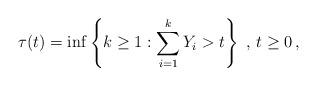
LaTeX: \begin{align*} \tau(t)=\inf\left\{ k\geq 1:\sum_{i=1}^k Y_i > t \right\} \ , \, t\geq 0\,,\end{align*}